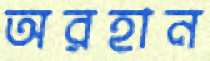
অরহান